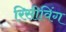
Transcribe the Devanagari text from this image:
रिसीविंग